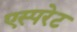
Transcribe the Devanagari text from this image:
एस्परेट